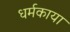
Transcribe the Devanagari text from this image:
धर्मकाया